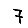
Digit: 7